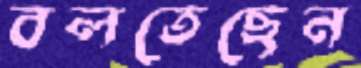
বলতেছেন